Annual report of the Imperial Bacteriological Laboratory, Muktesar
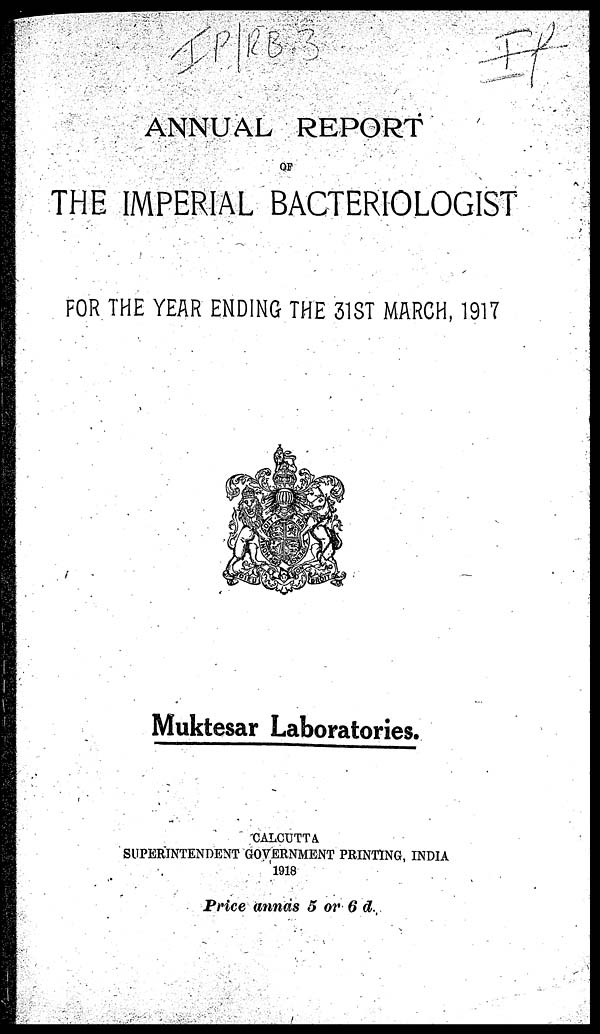
ANNUAL REPORT
THE IMPERIAL BACTERIOLOGIST
FOR THE YEAR ENDING THE 31ST MARCH, 1917
Muktesar Laboratories.
CALCUTTA
SUPERINTENDENT GOVERNMENT PRINTING, INDIA
1918
Price annas 5 or 6 d.